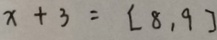
x + 3 = [ 8 , 9 ]